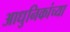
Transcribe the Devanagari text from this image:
आधुनिकांच्या